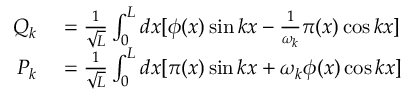
\begin{array} { r l } { Q _ { k } } & { { } = \frac { 1 } { \sqrt { L } } \int _ { 0 } ^ { L } d x [ \phi ( x ) \sin k x - \frac { 1 } { \omega _ { k } } \pi ( x ) \cos k x ] } \\ { P _ { k } } & { { } = \frac { 1 } { \sqrt { L } } \int _ { 0 } ^ { L } d x [ \pi ( x ) \sin k x + \omega _ { k } \phi ( x ) \cos k x ] } \end{array}